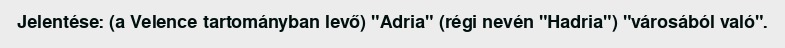
Jelentése: (a Velence tartományban levő) "Adria" (régi nevén "Hadria") "városából való".